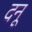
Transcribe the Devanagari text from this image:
दनू